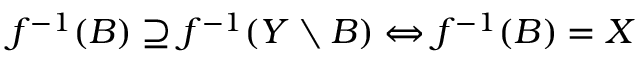
f ^ { - 1 } ( B ) \supseteq f ^ { - 1 } ( Y \setminus B ) \Leftrightarrow f ^ { - 1 } ( B ) = X